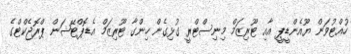
ހުއްޓުވަން ޔޫއެންޑީޕީ އާއި ޓޫރިޒަމް މިނިސްޓްރީ ގުޅިގެން ހިންގާ ޓޫރިޒަމް އެޑޮޕްޓޭޝަން ޕްރޮޖެކްޓްގެ